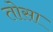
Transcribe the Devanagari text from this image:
तोसा